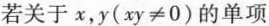
若关于x，y(xy≠0)的单项